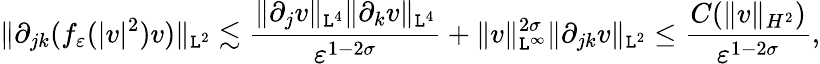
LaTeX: \| \partial_{jk}(f_{\varepsilon}(|v|^{2})v)\| _{\mathtt{L}^{2}}\lesssim\frac{{\| \partial_{j}v\| _{\mathtt{L}^{4}}\| \partial_{k}v\| _{\mathtt{L}^{4}}}}{{\varepsilon^{1-2\sigma}}}+\| v\| _{\mathtt{L}^{\infty}}^{2\sigma}\| \partial_{jk}v\| _{\mathtt{L}^{2}}\leq\frac{{C(\| v\| _{H^{2}})}}{{\varepsilon^{1-2\sigma}}},